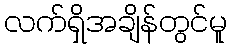
လက်ရှိအချိန်တွင်မူ